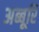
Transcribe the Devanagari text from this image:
अब्बूरि